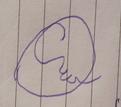
Signature authenticity: forged